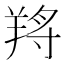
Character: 𦎆